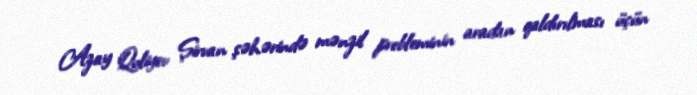
Azay Quliyev Şirvan şəhərində mənzil probleminin aradan qaldırılması üçün